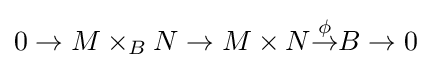
0\to M\times _{B}N\to M\times N{\overset {\phi }{\to }}B\to 0